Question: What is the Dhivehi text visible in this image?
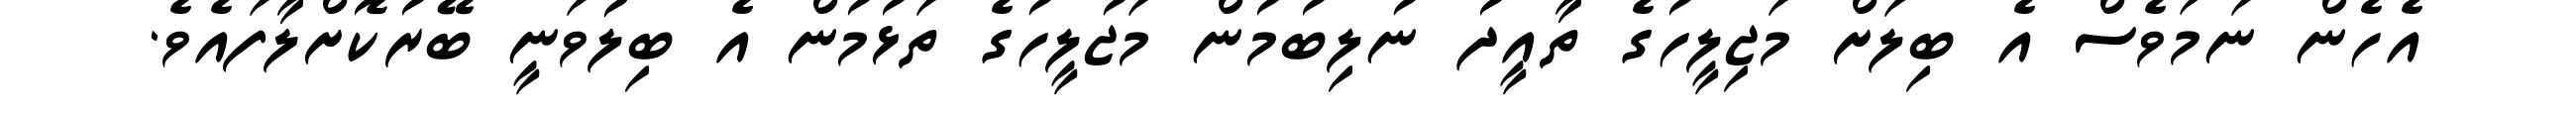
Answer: އެހެން ނަމަވެސް އެ ބިލަށް މަޖިލީހުގެ ތާއީދު ނުލިބުމުން މަޖުލީހުގެ ތަޅުމުން އެ ބިލުވަނީ ބޭރުކޮށްލާފައެވެ.